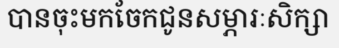
បានចុះមកចែកជូនសម្ភារៈសិក្សា